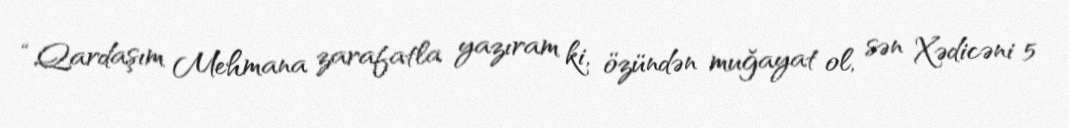
“Qardaşım Mehmana zarafatla yazıram ki, özündən muğayat ol, sən Xədicəni 5